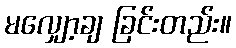
မလျှော့ချ ခြင်းတည်း။